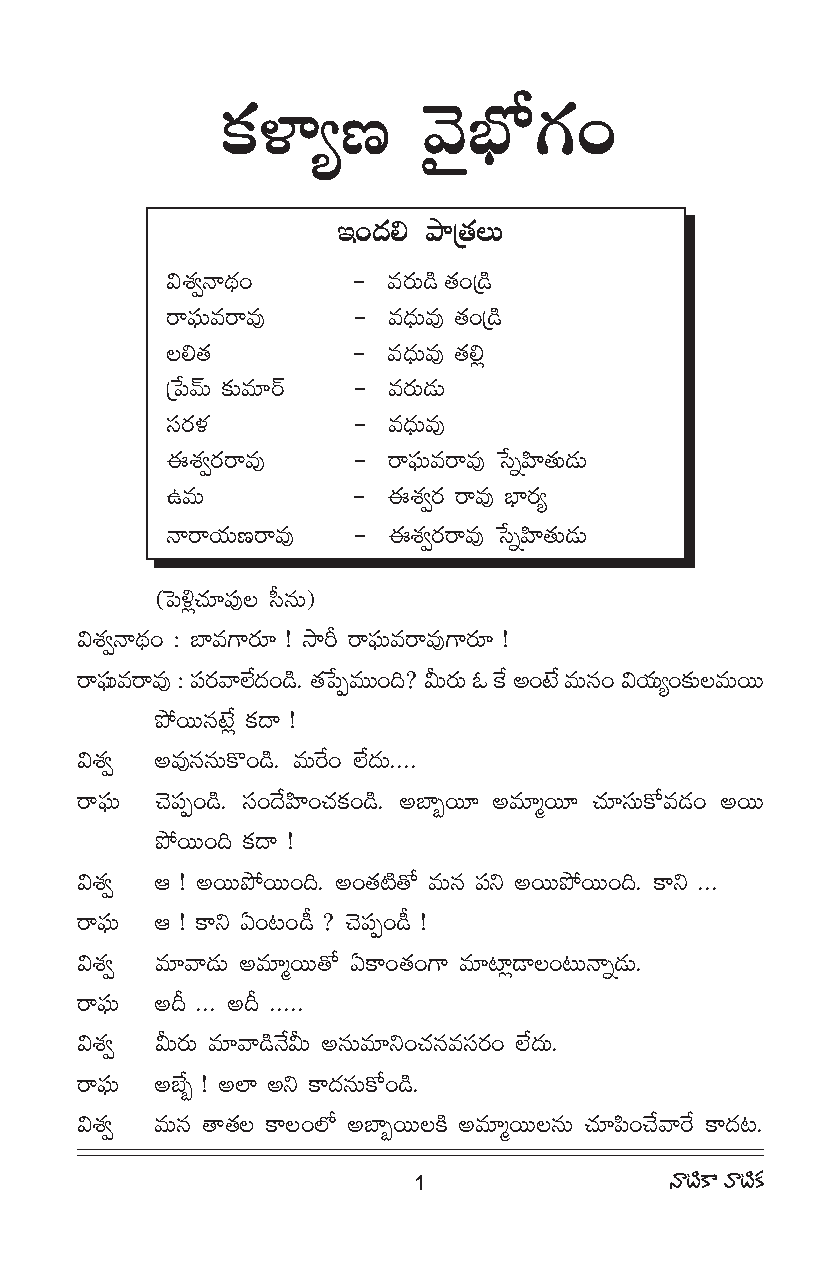
HõàÏº}       "≥·Éè’QÆO
 WO^eŒ áê„`Å« ∞
 qâfi◊ <å^OŒä - =~∞° _ ç `O« „_ç
 ~åÑ¶¨∞=~å=Ù -  =^∞Œè =Ù `O« „_ç
 Åe`«        -  =^èŒ∞=Ù `«e¡
 „¿Ñ"£∞ ‰õΩ=∂~ü - =~°∞_»∞
 ã¨~°à◊      -  =^èŒ∞=Ù
 Dâ◊fi~°~å=Ù -  ~åÑ∞¨¶ =~å=Ù ¿ãflÇÏ≤ `∞« _∞»
 L=∞         -  Dâfi◊ ~ ° ~å=Ù ÉÏè ~º°
 <å~åÜ«∞}~å=Ù - Dâfi◊ ~~° å=Ù ¿ãflÇÏ≤ `∞« _∞»
 (ÃÑoK¡ ∂« ÑÙ¨Å ã#‘ ∞)
 qâfi◊ <å^OŒä : ÉÏ=QÍ~∂° ! ™ês ~åÑ∞¨¶ =~å=ÙQÍ~∂° !
 ~åÑ∞¨¶=~å=Ù : Ñ~¨ "° åÖ^Ë OŒ _.ç `¿«ÑÊ=ÚOk? g∞~∞° F Hˆ JO> Ë=∞#O qÜ∞«ºO‰ΩõÅ=∞~Ú
 áÈ~Ú#> ¡Ë H^õ • !
 qâfi◊ J=Ù##∞H˘O_.ç =∞~ˆ O Ö^Ë ∞Œ ....
 ~åÑ¶¨∞ K≥Ñ¨ÊO_ç. ã¨O^ÕÇ≤ÏOK«HõO_ç. JÉÏƒ~¸ J=∂‡~¸ K«∂ã¨∞HÀ=_»O J~Ú
 áÈ~ÚOk H^õ • !
 qâfi◊ P ! J~ÚáÈ~ÚOk. JO`\« `˜ À =∞# Ñx¨ J~ÚáÈ~ÚOk. HÍx ...
 ~åÑ∞¨¶ P ! HÍx UO@O_ ô ? KÑ≥ Ê¨ O_ ô !
 qâfi◊ =∂"å_∞» J=∂‡~Ú`À UHÍO`O« QÍ =∂\Ï_¡ ®ÅO@∞<åfl_∞» .
 ~åÑ∞¨¶ Jn ... Jn .....
 qâfi◊ g∞~∞° =∂"å_<ç gÕ ∞ J#∞=∂xOK#« =ã~¨ O° Ö^Ë ∞Œ .
 ~åÑ∞¨¶ JÉƒË ! JÖÏ Jx HÍ^#Œ ∞HÀO_.ç
 qâfi◊ =∞# `å`Å« HÍÅOÖ’ JÉÏƒ~ÚÅH ˜ J=∂‡~ÚÅ#∞ K∂« ÑO≤ K"Õ å~ˆ HÍ^@Œ .
 <å\H˜ Í "å\H˜ õ
 1